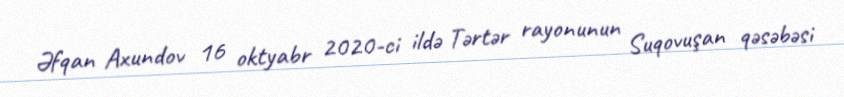
Əfqan Axundov 16 oktyabr 2020-ci ildə Tərtər rayonunun Suqovuşan qəsəbəsi